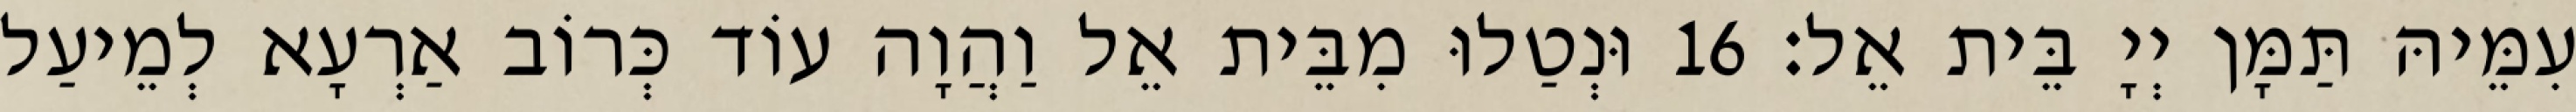
עִמֵּיהּ תַּמָּן יְיָ בֵּית אֵל׃ 16 וּנְטַלוּ מִבֵּית אֵל וַהֲוָה עוֹד כְּרוֹב אַרְעָא לְמֵיעַל